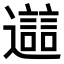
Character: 𨘔